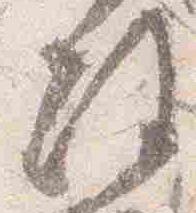
政